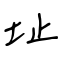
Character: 址